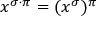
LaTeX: x ^ { \sigma \cdot \pi } = ( x ^ { \sigma } ) ^ { \pi }